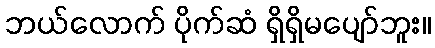
ဘယ်လောက် ပိုက်ဆံ ရှိရှိမပျော်ဘူး။